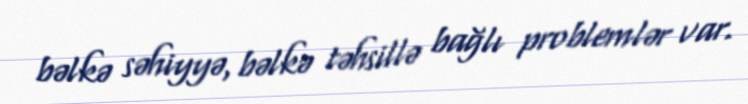
bəlkə səhiyyə, bəlkə təhsillə bağlı problemlər var.